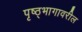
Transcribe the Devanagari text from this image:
पृष्ठ्भागावरील